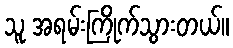
သူ အရမ်းကြိုက်သွားတယ်။